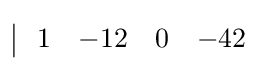
{\begin{array}{|rrrr}\ 1&-12&0&-42\end{array}}